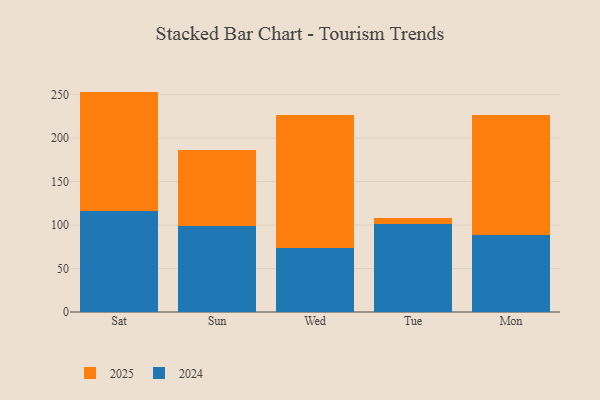
{"axis": {"x": "Day", "y": "Humidity (%)"}, "legend": ["2024", "2025"], "data": [{"x": "Sat", "y": 115.7, "type": "2024"}, {"x": "Sat", "y": 137.8, "type": "2025"}, {"x": "Sun", "y": 99.2, "type": "2024"}, {"x": "Sun", "y": 87.7, "type": "2025"}, {"x": "Wed", "y": 73.7, "type": "2024"}, {"x": "Wed", "y": 152.6, "type": "2025"}, {"x": "Tue", "y": 100.9, "type": "2024"}, {"x": "Tue", "y": 6.8, "type": "2025"}, {"x": "Mon", "y": 88.8, "type": "2024"}, {"x": "Mon", "y": 137.6, "type": "2025"}]}